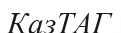
КазТАГ